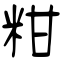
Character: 粓